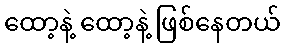
ထော့နဲ့ ထော့နဲ့ ဖြစ်နေတယ်